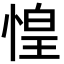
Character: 惶